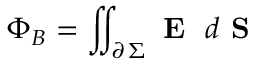
\Phi _ { B } = \iint _ { \partial \, \Sigma } \textbf { E } \; d \textbf { S }